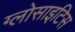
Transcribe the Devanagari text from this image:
ग्लोसाइटिस